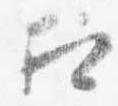
相